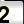
Digit: 2